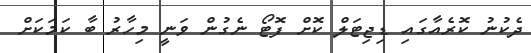
ދެކުނު ކޮރެއާގައި ޑިޖިޓަލް ކޮށް ފޮޓޯ ނެގުން ވަނީ މިހާރު ބާ ކަމަކަށް